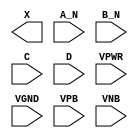
module sky130_fd_sc_hdll__and4bb (
    X   ,
    A_N ,
    B_N ,
    C   ,
    D   ,
    VPWR,
    VGND,
    VPB ,
    VNB
);

    output X   ;
    input  A_N ;
    input  B_N ;
    input  C   ;
    input  D   ;
    input  VPWR;
    input  VGND;
    input  VPB ;
    input  VNB ;
endmodule